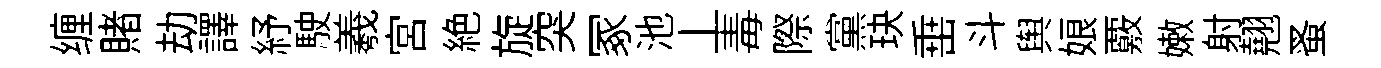
缠賭劫譯紓駛羲宫絶旋突冢池丄毒際黨玦𡸁斗舆娘覈嫩射翹蚤